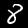
Label: 8